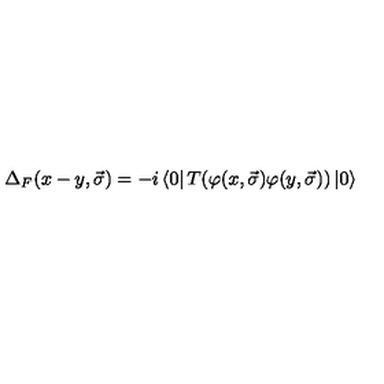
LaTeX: { \Delta } _ { F } ( x - y , \vec { \sigma } ) = - i \left< 0 \right| T ( \varphi ( x , \vec { \sigma } ) \varphi ( y , \vec { \sigma } ) ) \left| 0 \right>